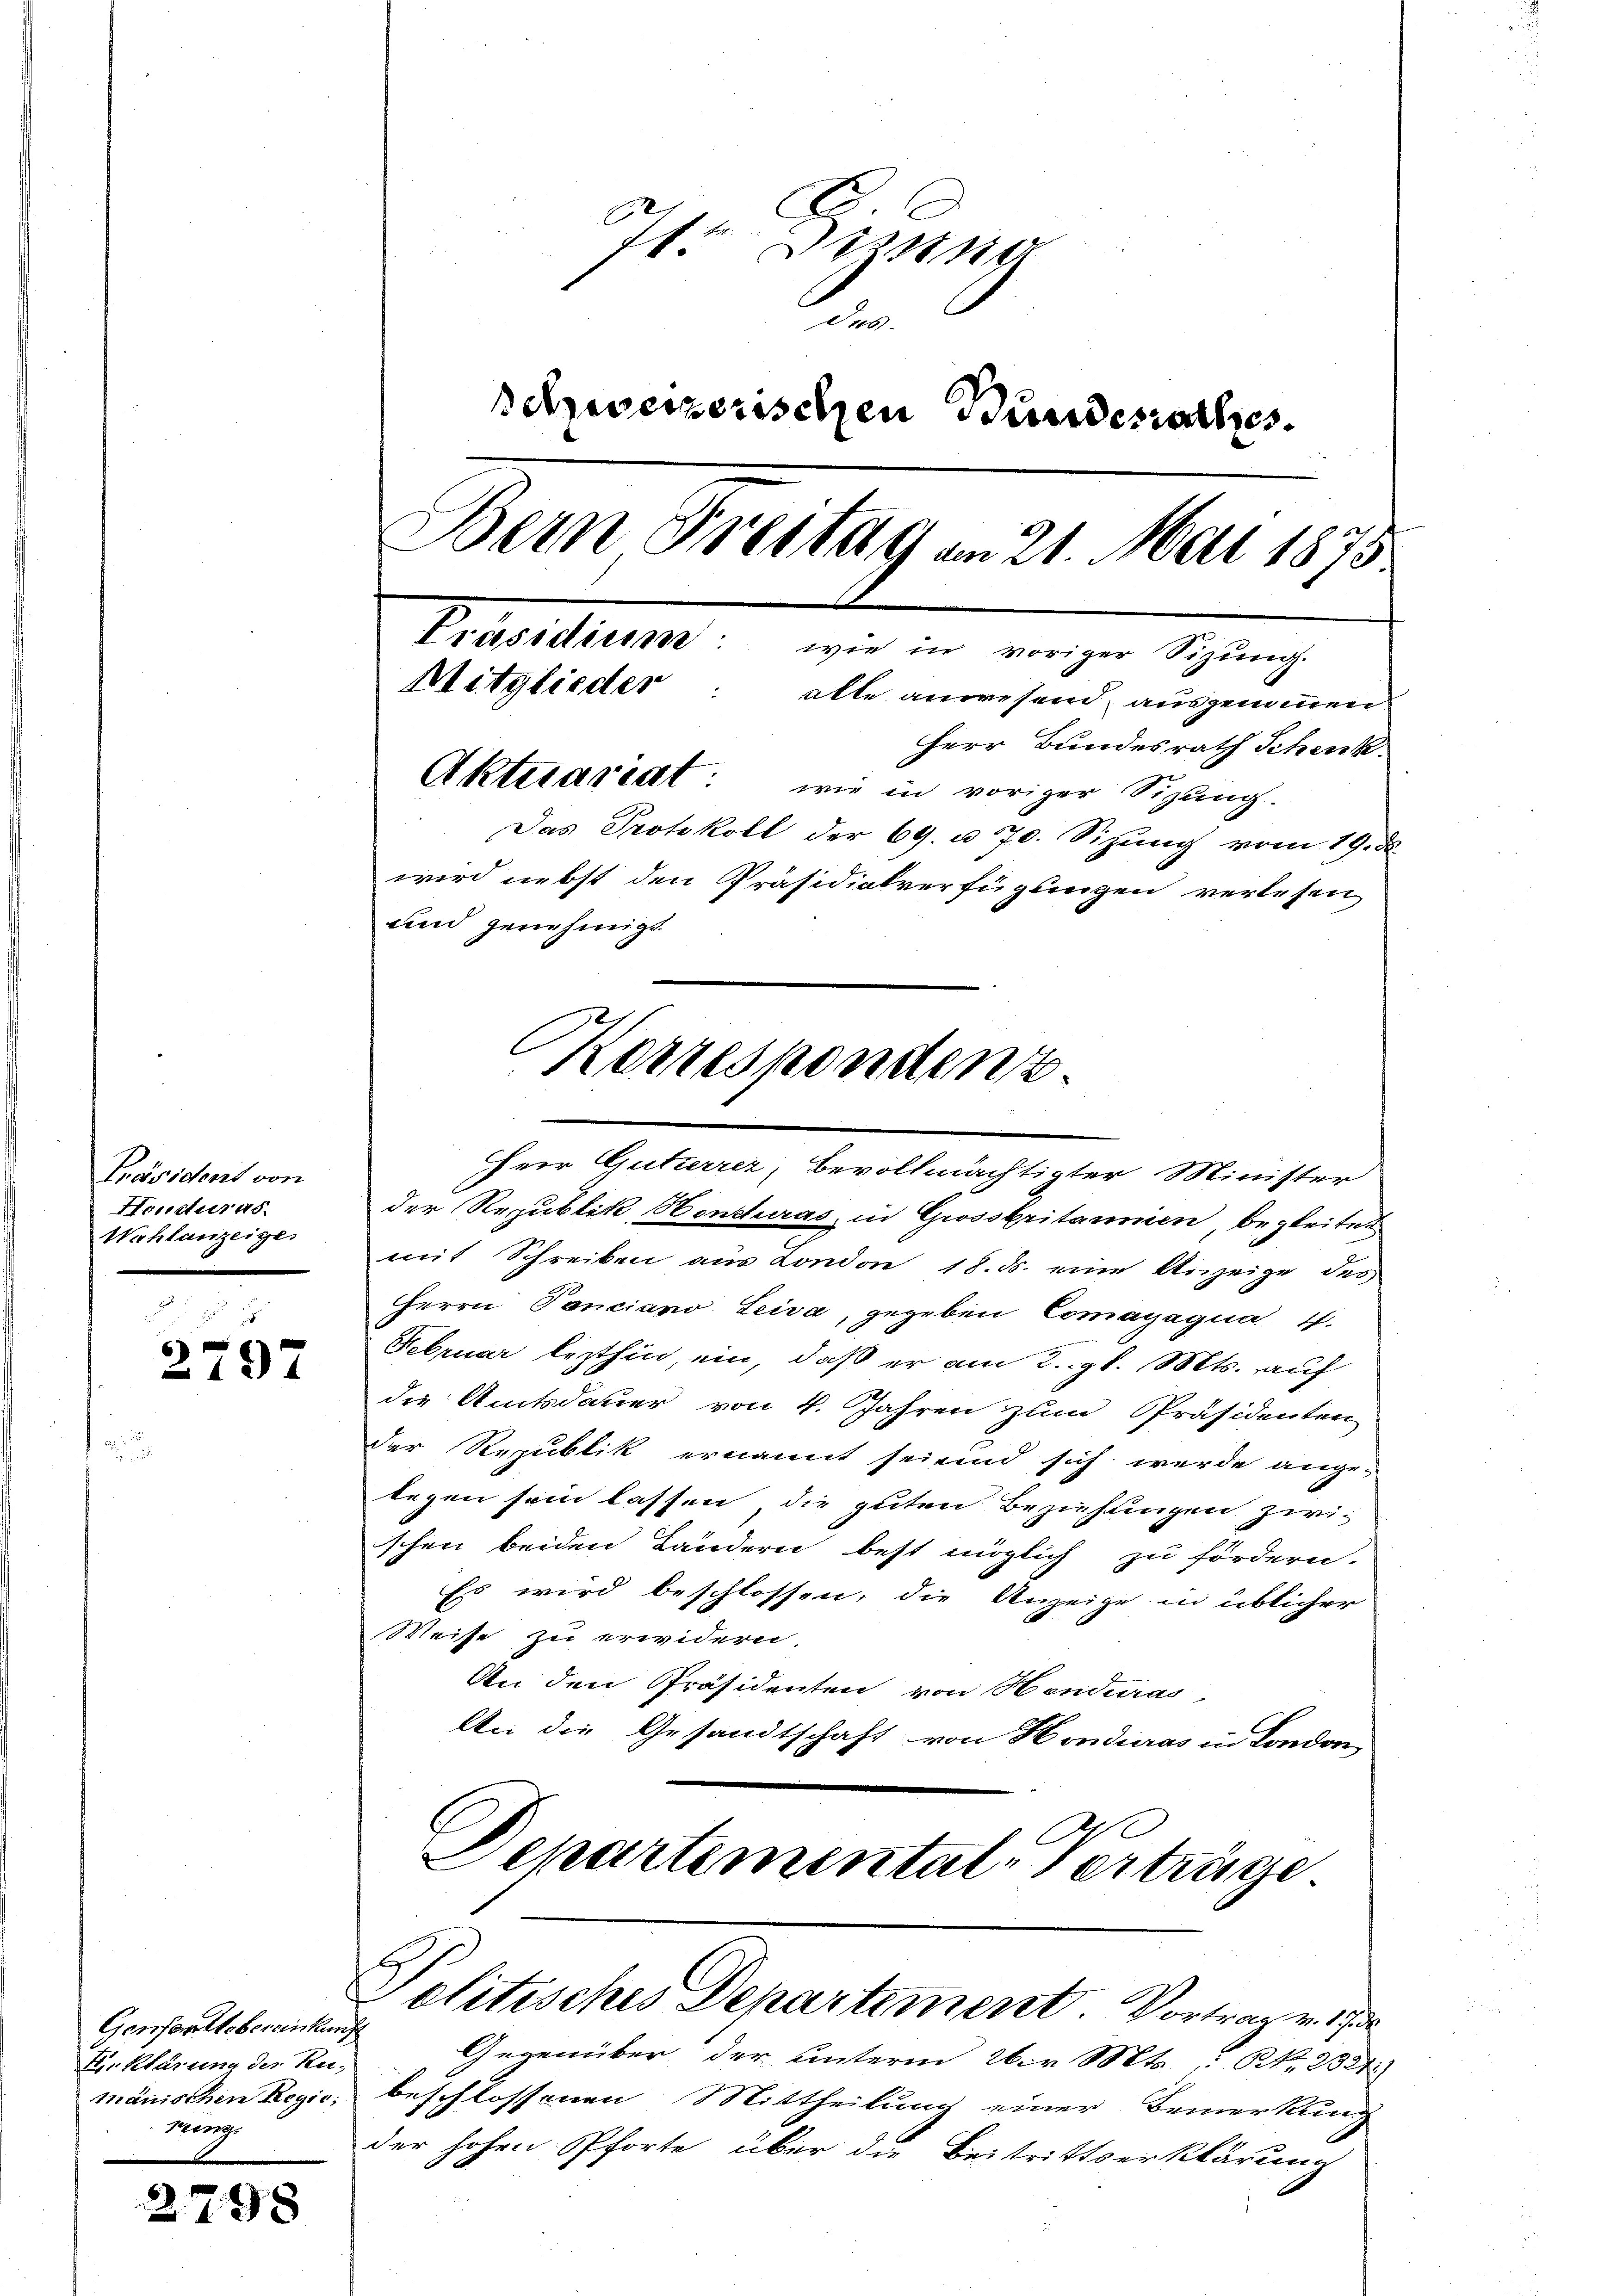
Präsident von
Honduras.
Wahlanzeige

2797

Genferstobereinkung
Erklärung des Ru-
manischen Regie
Prinz

2798

Sirung
n
schweizerischen Bundesrathes.
Dein Frestag am 21. Mai 1875
Präsidium wie in voriger Sizung.
Mitglieder: alle anwesend, ausgenommen
Herr Bundesrath Schenk.
Aktuariat wie in voriger Sizung.
Das Protokoll der 69. u. 70. Sizung vom 19. d.
wird nebst den Präsidialverfügungen verlesen
und genehmigt.

der Republik, Hontturas, in Grossbritannien, begleitet
mit Schreiben aus London 18. ds. eine Anzeige des
Herrn Panciano Leiva, gegeben Comagagua 4.
Februar lezthin, ein, daß er am 2. gl. Mts. auf
die Amtsdauer von 4. Jahren zum Präsidenten
der Republik ernannt seiend sich werde ange-
legen sein lassen, die guten Beziehungen zwi-
schen beiden Ländern best möglich zu fördern.
Es wird beschlossen, die Anzeige in üblicher
Weise zu erwidern
An den Präsidenten von Henduras,
An die Gesandtschaft von Honducas in London
Departemental-Verträge
Politisches Departement Vortrag v. 17
Gegenüber der unterm Wir Mts. NNo. 2324
beschlossenen Mittheilung einer Bemerkung
der hohen Pforte über die Beitrittserklärung

Korrespondenz
Herr Gutierrer, Bevollmächtigter Minister